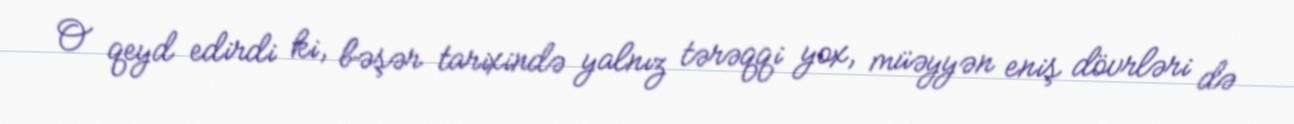
O qeyd edirdi ki, bəşər tarixində yalnız tərəqqi yox, müəyyən eniş dövrləri də